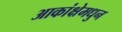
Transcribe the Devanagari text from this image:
आकांक्षेमधुन